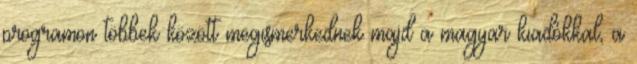
programon többek között megismerkednek majd a magyar kiadókkal, a